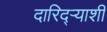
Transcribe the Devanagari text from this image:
दारिद्र्‍याशी